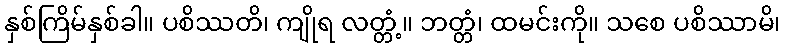
နှစ်ကြိမ်နှစ်ခါ။ ပစိဿတိ၊ ကျိုရ လတ္တံ့။ ဘတ္တံ၊ ထမင်းကို။ သစေ ပစိဿာမိ၊